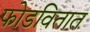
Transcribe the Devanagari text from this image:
फोडवितात